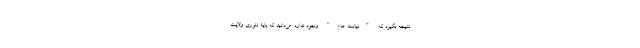
نتیجه بگیرد که "نیابت عام" وجود ندارد. می‌دانید که پایۀ تئوری ولایت